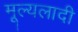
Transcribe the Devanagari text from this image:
मूल्यलादी